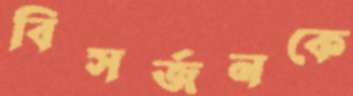
বিসর্জনকে